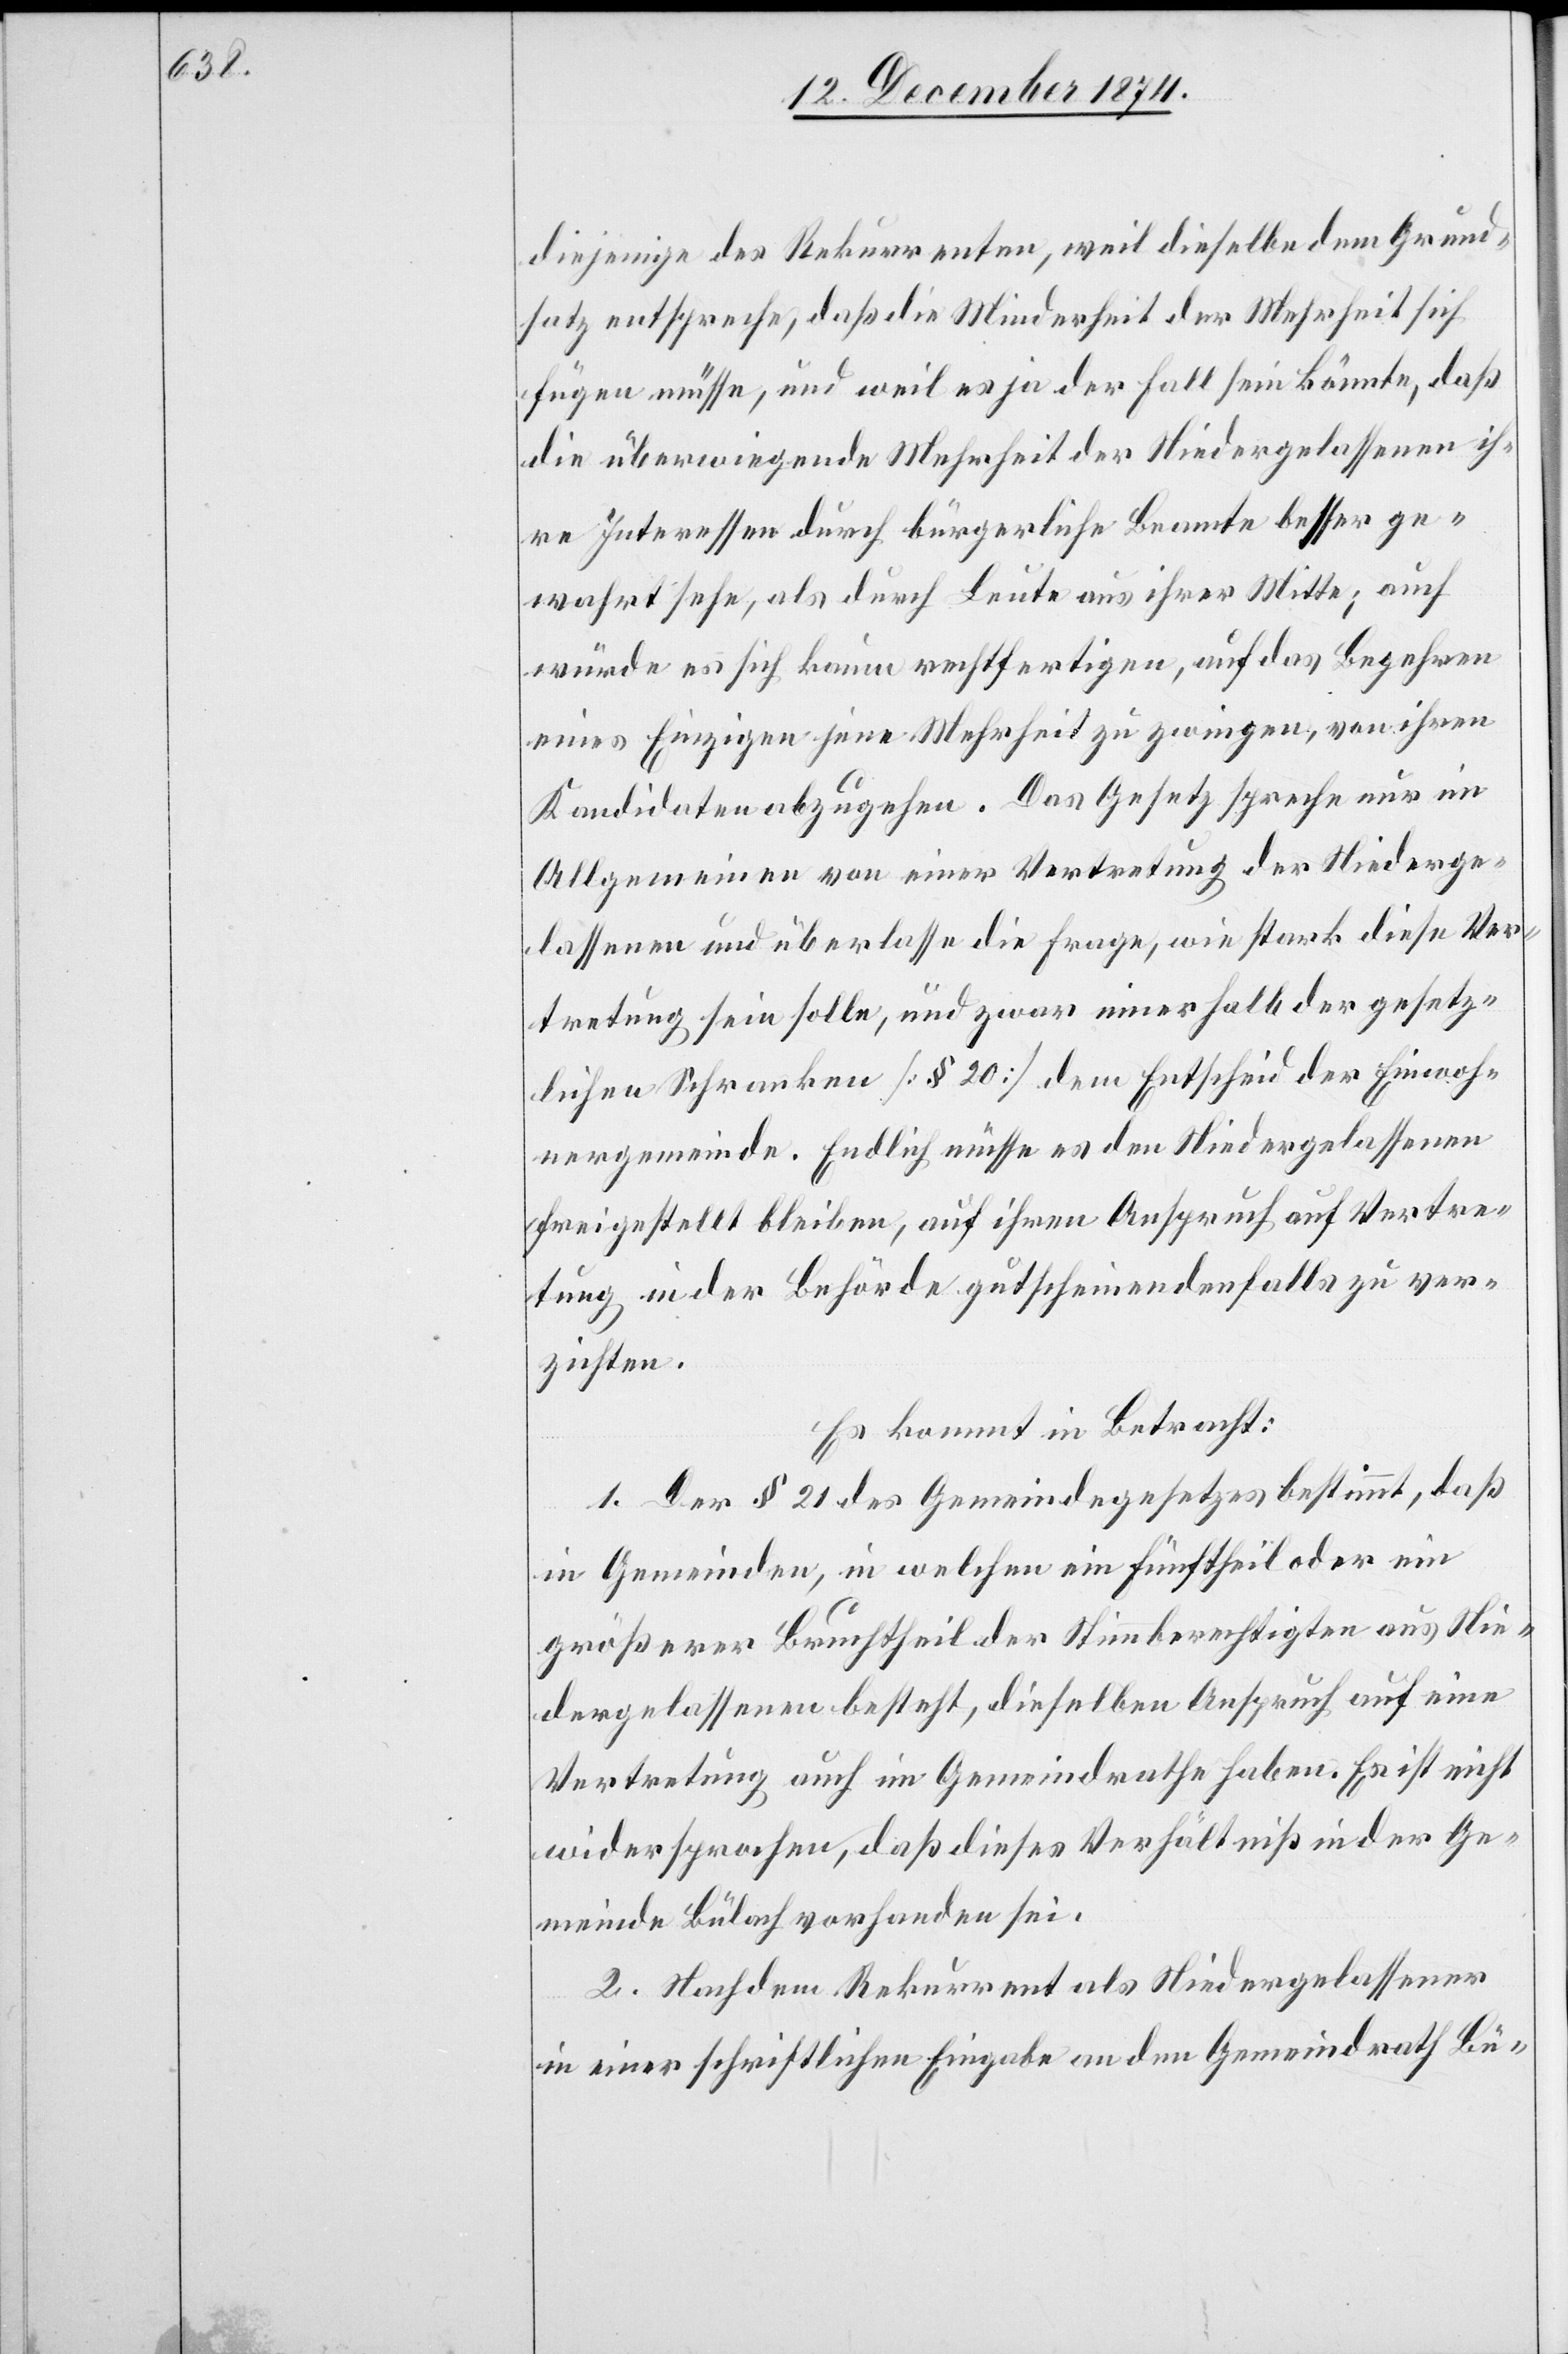
diejenige des Rekurrenten, weil dieselbe dem Grund¬
satz entspreche, daß die Minderheit der Mehrheit sich
fügen müsse, und weil es ja der Fall sein könnte, daß
die überwiegende Mehrheit der Niedergelassenen ih¬
re Interessen durch bürgerliche Beamte besser ge¬
wahrt sehe, als durch Leute aus ihrer Mitte; auch
würde es sich kaum rechtfertigen, auf das Begehren
eines Einzigen jene Mehrheit zu zwingen, von ihren
Kandidaten abzugehen. Das Gesetz spreche nur im
Allgemeinen von einer Vertretung der Niederge¬
lassenen und überlasse die Frage, wie stark diese Ver¬
tretung sein solle, und zwar innerhalb der gesetz¬
lichen Schranken [§ 20] dem Entscheid der Einwoh¬
nergemeinde. Endlich müsse es den Niedergelassenen
freigestellt bleiben, auf ihren Anspruch auf Vertre¬
tung in der Behörde gutscheinendenfalls zu ver¬
zichten.
Es kommt in Betracht:
1. Der § 21 des Gemeindegesetzes bestimmt, daß
in Gemeinden, in welchen ein Fünftheil oder ein
größerer Bruchtheil der Stimmberechtigten aus Nie¬
dergelassenen besteht, dieselben Anspruch auf eine
Vertretung auch im Gemeindrathe haben. Es ist nicht
widersprochen, daß dieses Verhältniß in der Ge¬
meinde Bülach vorhanden sei.
2. nachdem Rekurrent als Niedergelassener
in einer schriftlichen Eingabe an den Gemeindrath Bü-